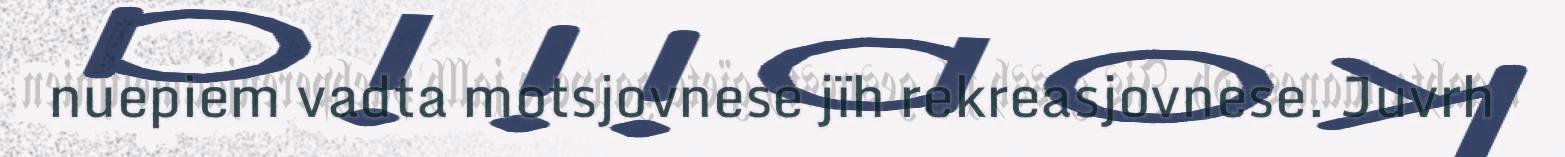
nuepiem vadta motsjovnese jïh rekreasjovnese. Juvrh